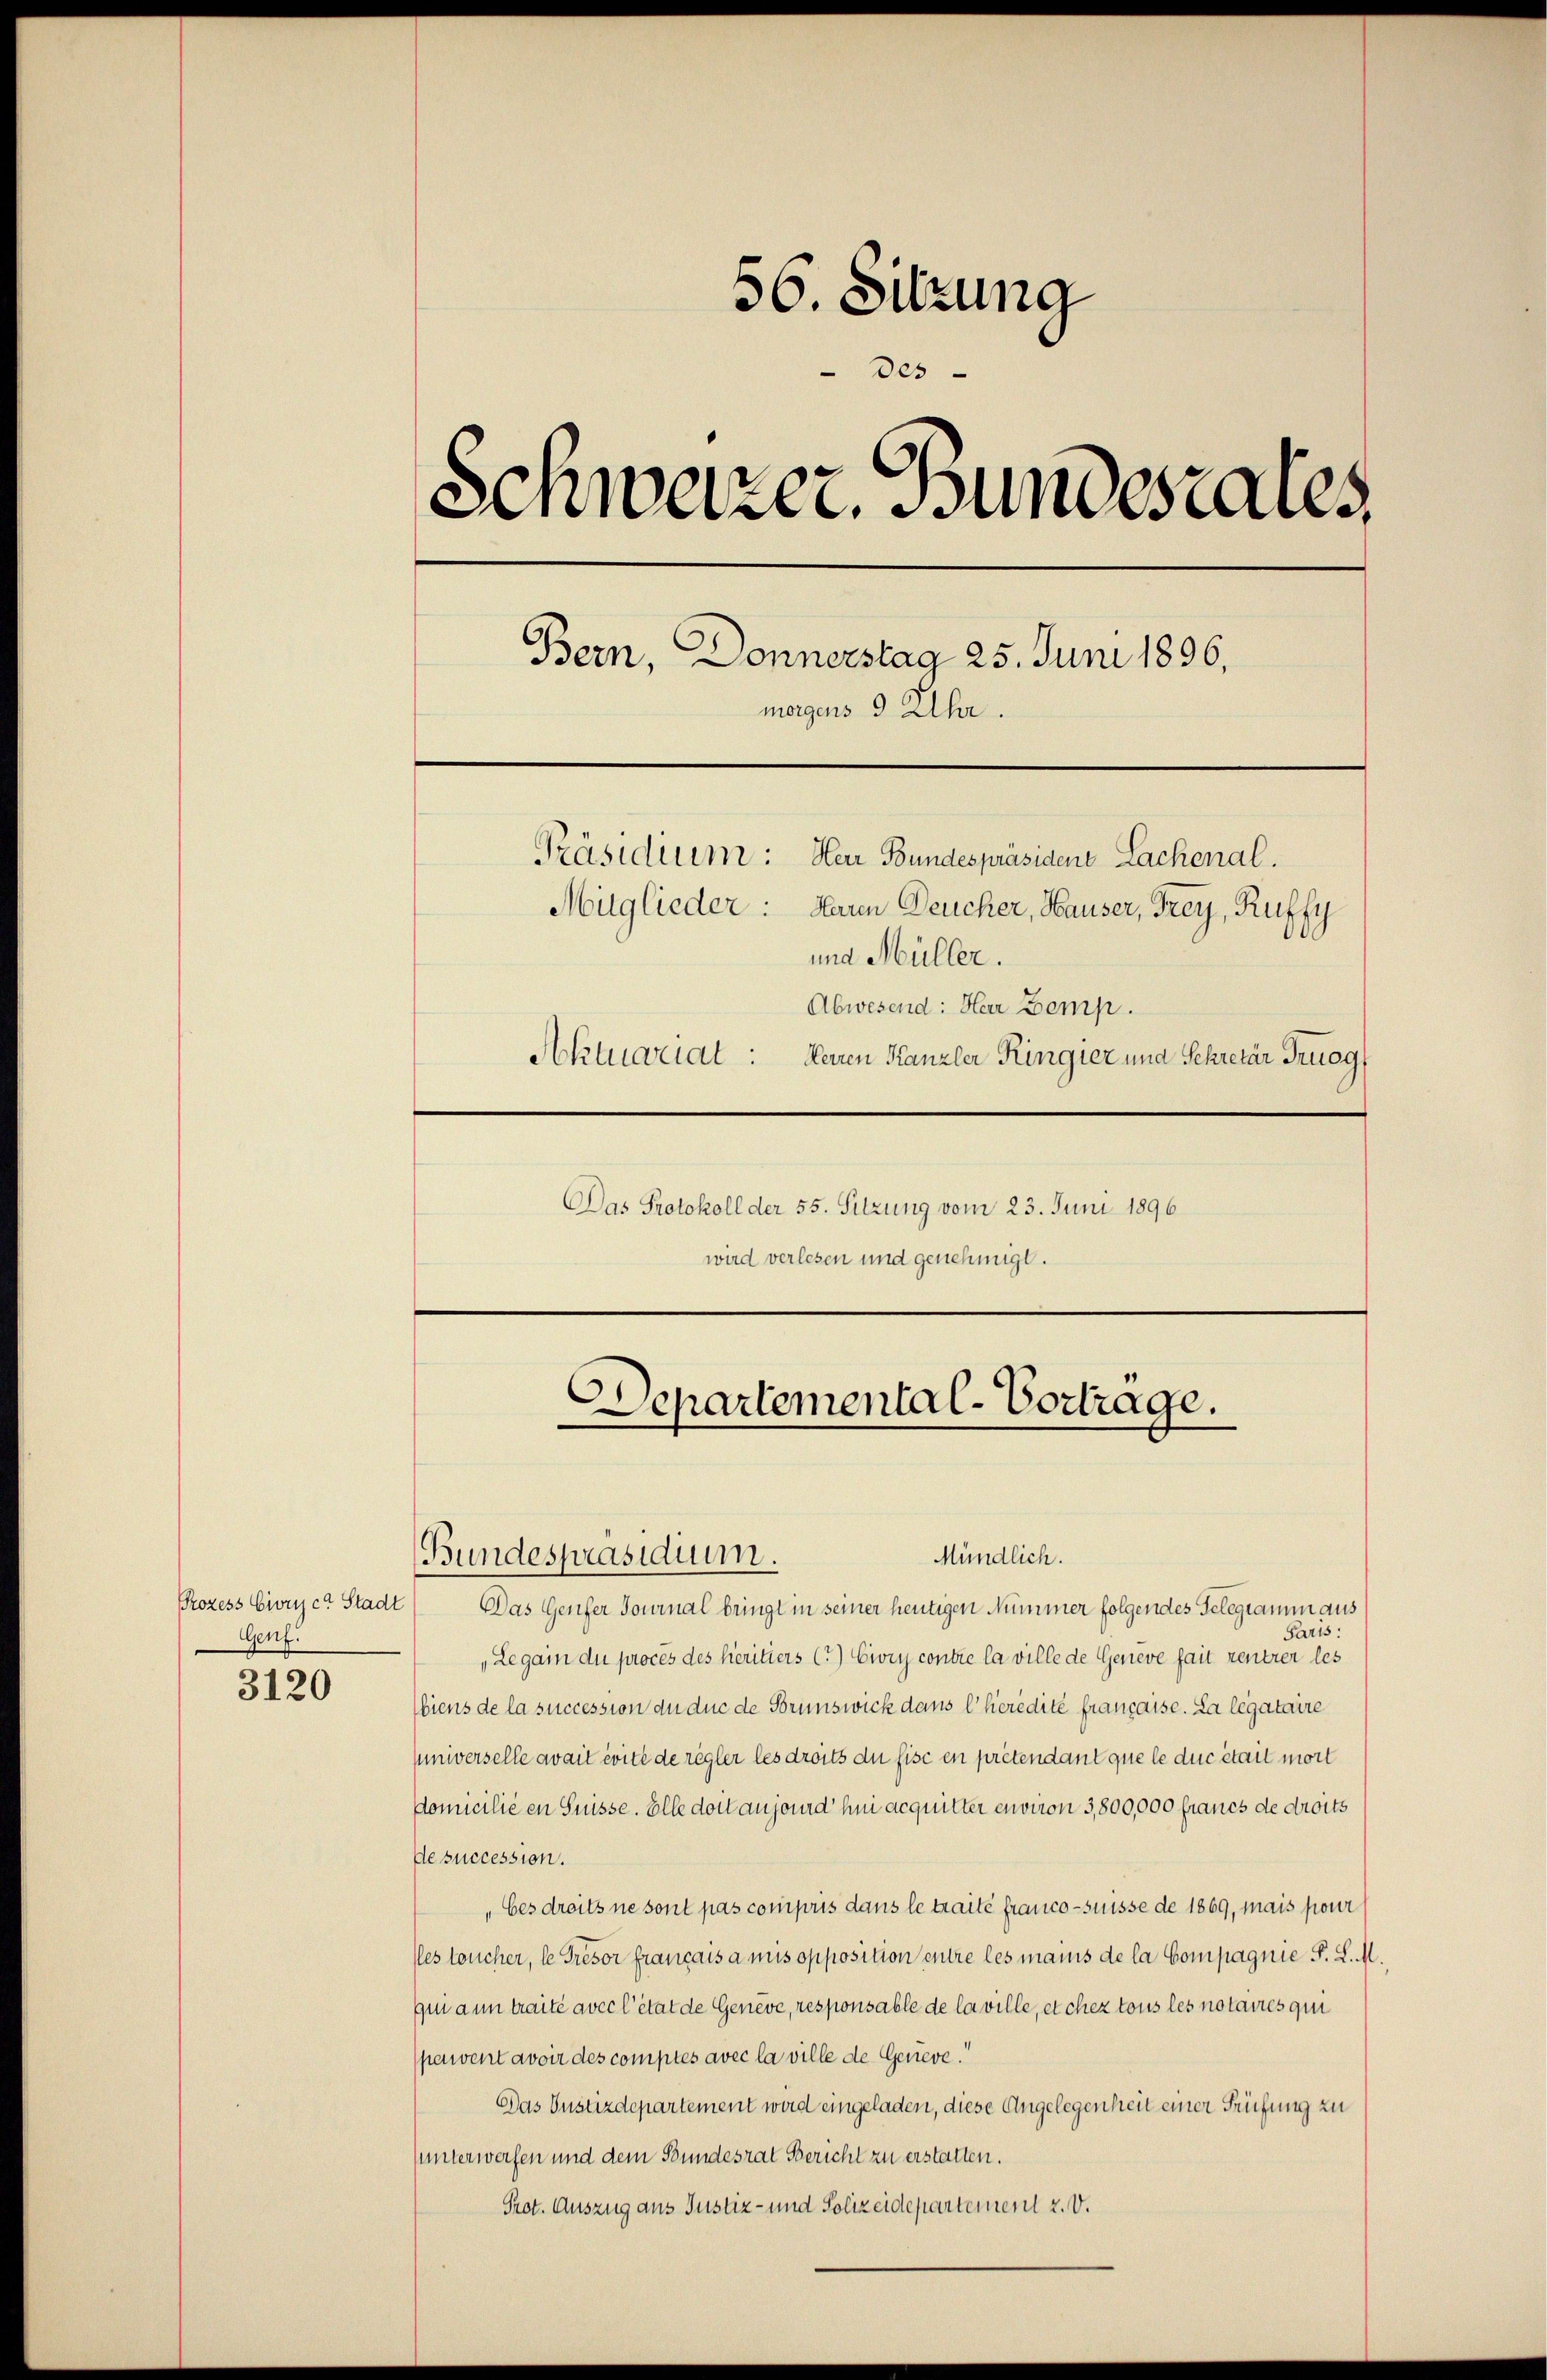
Prozess Civrica Stadt
Genf.

3120

56. Sitzung
des
Schweizer. Bundesrates,
Bern, Donnerstag 25. Juni 1896.
morgens 9 Uhr.
Präsidium: Herr Bundespräsiden Lachenal.
Muglieder: Hauen Deucher, Hauser, Frey, Ruffy
und Müller.
Abwesend: Herr Bemp.
Aktuariat :
Herren Kanzler Ringier und Sekretär Truog

Mündlich.
Bundespräsidium.
Das Genfer Journal bringt in seiner heutigen Nummer folgendes Telegramm aus
Paris:
„Legain du proces des héritiers (?) Civiy contre la ville de Genere fait rentrer les
biens de la succession du duc de Brunswick dans l’hérédité française. La legataire
sniverselle avait évite de regler les droits du fisc en prétendant que le duc était mort
domicilié en Suisse. Elle dort anjeund hei acquitter environ 3,800,000 francs de droits
de succession.
„bes droits ne sont pas compris dans le traite franco- suisse de 1869, mais pour
les toucher, le Tresor français a mis opposition entre les manis de la Compagnie P. L. M.
gmann traité avec l’état de Genève, responsable de la ville, et chez tous les notaires qui
pawent avoir des comptes avec la ville de Geneve.“
Das Justizdepartement wird eingeladen, diese Angelegenheit einer Prüfung zu
unterwerfen und dem Bundesrat Bericht zu erstatten.
Prot. Auszug aus Justiz- und Polizeidepartement 2. V.

Das Protokoll der 55. Sitzung vom 23. Juni 1896
wird verlesen und genehmigt.

Departemental-Vortrage.